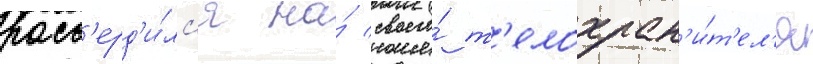
расс'ерд'и́лс'я на́ своего́ т'елохран'и́т'ел'я